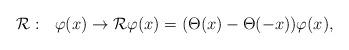
LaTeX: \begin{align*}{\cal R} :\ \ \varphi(x) \rightarrow {\cal R} \varphi(x) = (\Theta(x)-\Theta(-x))\varphi(x),\end{align*}